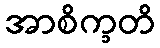
အာစိက္ခတိ